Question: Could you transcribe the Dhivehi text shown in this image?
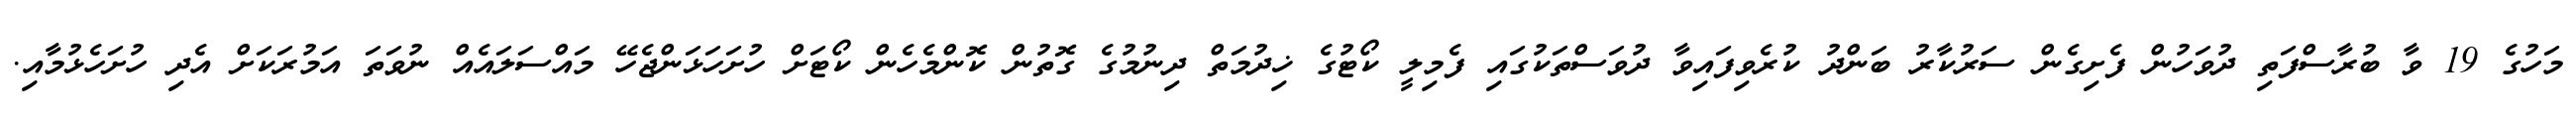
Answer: މަހުގެ 19 ވާ ބުރާސްފަތި ދުވަހުން ފެށިގެން ސަރުކާރު ބަންދު ކުރެވިފައިވާ ދުވަސްތަކުގައި ފެމިލީ ކޯޓުގެ ޚިދުމަތް ދިނުމުގެ ގޮތުން ކޮންމެހެން ކޯޓަށް ހުށަހަޅަންޖެހޭ މައްސަލައެއް ނުވަތަ އަމުރަކަށް އެދި ހުށަހެޅުމާއި.